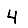
Digit: 4